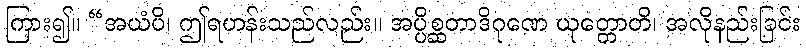
ကြား၍။ “အယံပိ၊ ဤရဟန်းသည်လည်း။ အပ္ပိစ္ဆတာဒိဂုဏေ ယုတ္တောတိ၊ အလိုနည်းခြင်း